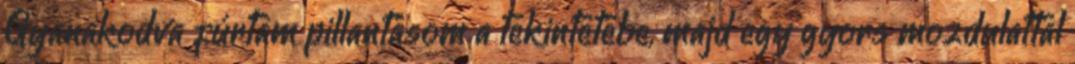
Gyanakodva fúrtam pillantásom a tekintetébe, majd egy gyors mozdulattal